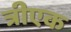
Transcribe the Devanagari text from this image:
त्रीएक